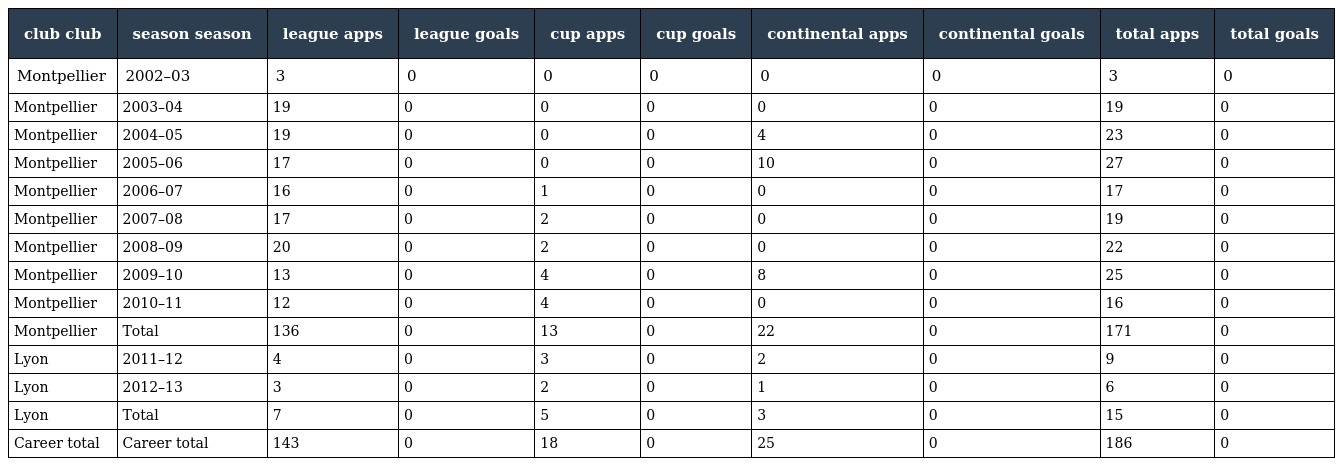
| club club | season season | league apps | league goals | cup apps | cup goals | continental apps | continental goals | total apps | total goals |
 | --- | --- | --- | --- | --- | --- | --- | --- | --- | --- |
 | Montpellier | 2002–03 | 3 | 0 | 0 | 0 | 0 | 0 | 3 | 0 |
 | Montpellier | 2003–04 | 19 | 0 | 0 | 0 | 0 | 0 | 19 | 0 |
 | Montpellier | 2004–05 | 19 | 0 | 0 | 0 | 4 | 0 | 23 | 0 |
 | Montpellier | 2005–06 | 17 | 0 | 0 | 0 | 10 | 0 | 27 | 0 |
 | Montpellier | 2006–07 | 16 | 0 | 1 | 0 | 0 | 0 | 17 | 0 |
 | Montpellier | 2007–08 | 17 | 0 | 2 | 0 | 0 | 0 | 19 | 0 |
 | Montpellier | 2008–09 | 20 | 0 | 2 | 0 | 0 | 0 | 22 | 0 |
 | Montpellier | 2009–10 | 13 | 0 | 4 | 0 | 8 | 0 | 25 | 0 |
 | Montpellier | 2010–11 | 12 | 0 | 4 | 0 | 0 | 0 | 16 | 0 |
 | Montpellier | Total | 136 | 0 | 13 | 0 | 22 | 0 | 171 | 0 |
 | Lyon | 2011–12 | 4 | 0 | 3 | 0 | 2 | 0 | 9 | 0 |
 | Lyon | 2012–13 | 3 | 0 | 2 | 0 | 1 | 0 | 6 | 0 |
 | Lyon | Total | 7 | 0 | 5 | 0 | 3 | 0 | 15 | 0 |
 | Career total | Career total | 143 | 0 | 18 | 0 | 25 | 0 | 186 | 0 |